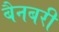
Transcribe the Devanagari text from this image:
बैनबरी